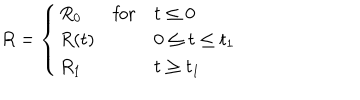
R = \left\{ \begin{array} { l l l } { { R _ { 0 } } } & { { \mathrm { f o r } } } & { { t \leq 0 } } \\ { { R ( t ) } } & { { } } & { { 0 \leq t \leq t _ { 1 } } } \\ { { R _ { 1 } } } & { { } } & { { t \geq t _ { 1 } } } \\ \end{array} \right.